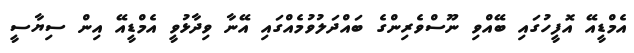
އެމްޑީއޭ އޮފީހުގައި ބޭއްވި ނޫސްވެރިންގެ ބައްދަލުވުމެއްގައި އޭނާ ވިދާޅުވީ އެމްޑީއޭ އިން ސިޔާސީ